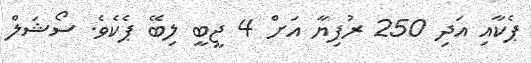
ޕެކާއި އަދި 250 ރުފިޔާ އަށް 4 ޖީބީ ލިބޭ ޕެކެވެ. ސޯޝަލް